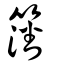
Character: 籓